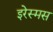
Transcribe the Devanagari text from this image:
इरेस्मस